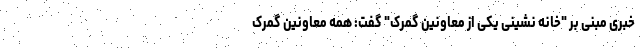
خبری مبنی بر "خانه نشینی یکی از معاونین گمرک" گفت: همه معاونین گمرک